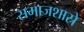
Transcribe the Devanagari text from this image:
समाजशास्रे